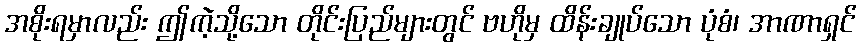
အစိုးရမှာလည်း ဤကဲ့သို့သော တိုင်းပြည်များတွင် ဗဟိုမှ ထိန်းချုပ်သော ပုံစံ၊ အာဏာရှင်